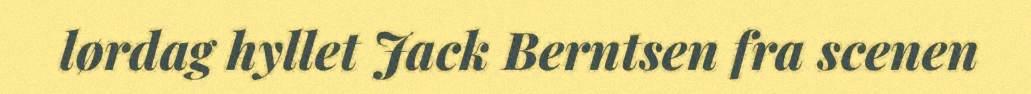
lørdag hyllet Jack Berntsen fra scenen